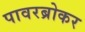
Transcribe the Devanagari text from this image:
पावरब्रोकर